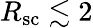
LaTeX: R_{\mathrm{sc}}\lesssim 2